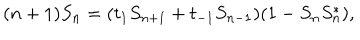
( n + 1 ) S _ { n } = ( t _ { 1 } S _ { n + 1 } + t _ { - 1 } S _ { n - 1 } ) ( 1 - S _ { n } S _ { n } ^ { * } ) ,